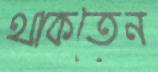
থাকতেন